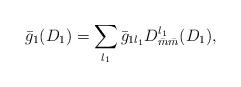
LaTeX: \begin{align*}\bar{g}_1(D_1) = \sum_{l_1} \bar{g}_{1l_1} D^{l_1}_{\bar{m}\bar{m}}(D_1),\end{align*}